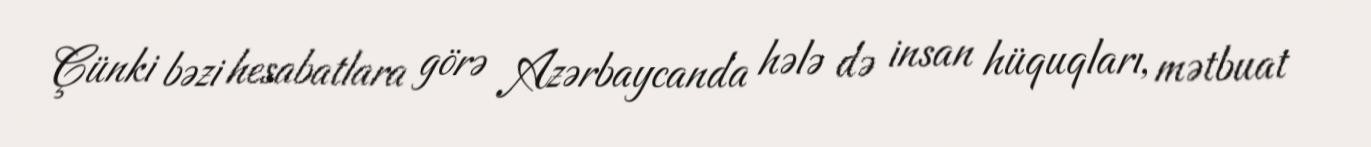
Çünki bəzi hesabatlara görə Azərbaycanda hələ də insan hüquqları, mətbuat